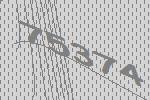
75374